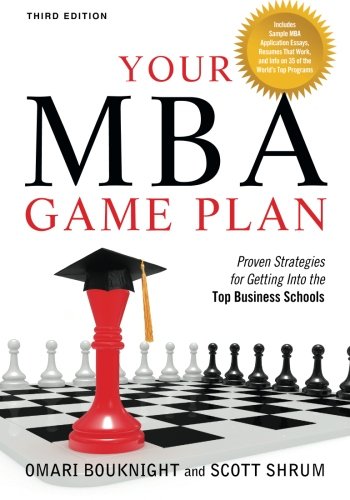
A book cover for Your MBA Game Plan, Third Edition: Proven Strategies for Getting Into the Top Business Schools; Omari Bouknight; Business & Money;